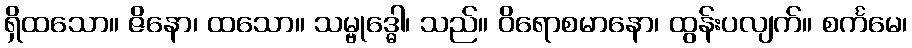
ရှိထသော။ ဇိနော၊ ထသော။ သမ္ဗုဒ္ဓေါ၊ သည်။ ဝိရောစမာနော၊ ထွန်းပလျက်။ စင်္ကမေ၊